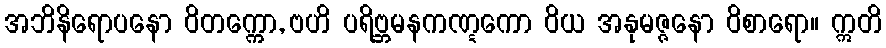
အဘိနိရောပနော ဝိတက္ကော, ဗဟိ ပရိဗ္ဘမနကဏ္ဋကော ဝိယ အနုမဇ္ဇနော ဝိစာရော။ ဣတိ